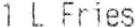
1 L FRIES